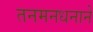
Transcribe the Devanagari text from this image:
तनमनधनाने